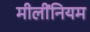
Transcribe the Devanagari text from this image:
मीलींनियम